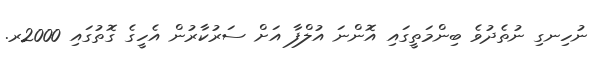
ނުހިނގި ނުތެދުވެ ބިންމަތީގައި އޮންނަ އުލްފާ އަށް ސަރުކާރުން އެހީގެ ގޮތުގައި 2000ރ.